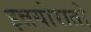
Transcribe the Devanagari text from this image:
इन्नयोरातो